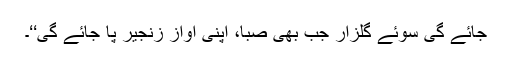
جائے گی سوئے گلزار جب بھی صبا، اپنی آوازِ زنجیر پا جائے گی‘‘۔